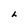
Character: h